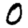
Digit: 0